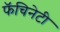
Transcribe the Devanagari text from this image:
फॅचिनेटी